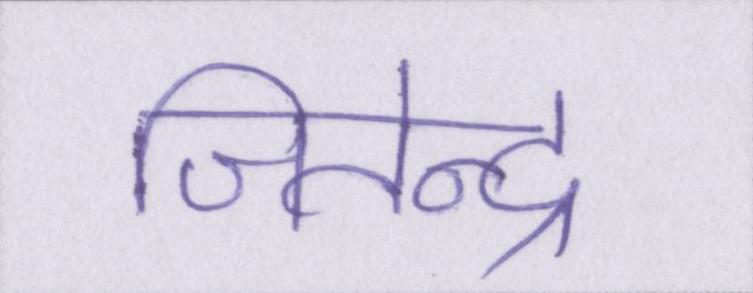
जितेन्द्र